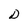
Character: D